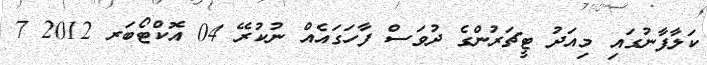
ކަލާފާނުގައި މިއަދު ޓީޗަރުންގެ ދުވަސް ފާހަގައެއް ނުކުރޭ 04 އޮކްޓޯބަރ 2012 7